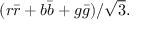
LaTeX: ( r { \bar { r } } + b { \bar { b } } + g { \bar { g } } ) / { \sqrt { 3 } } .